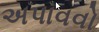
અપાવવો